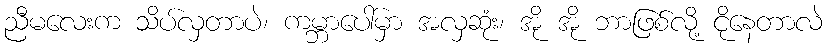
ညီမလေးက သိပ်လှတာပဲ၊ ကမ္ဘာပေါ်မှာ အလှဆုံး၊ အို အို ဘာဖြစ်လို့ ငိုနေတာလဲ